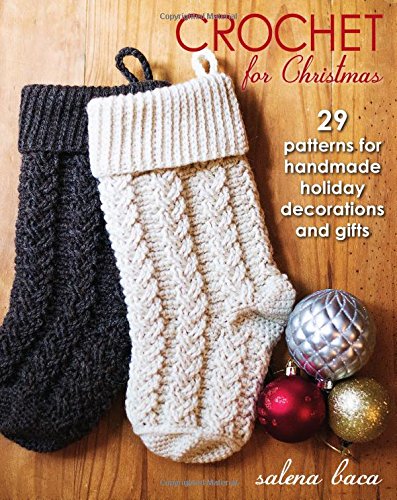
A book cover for Crochet for Christmas: 29 Patterns for Handmade Holiday Decorations and Gifts; Salena Baca; Crafts, Hobbies & Home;